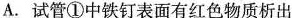
A.试管①中铁钉表面有红色物质析出